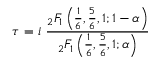
\tau = i \ { \frac { { } _ { 2 } F _ { 1 } \left( { \frac { 1 } { 6 } } , { \frac { 5 } { 6 } } , 1 ; 1 - \alpha \right) } { { } _ { 2 } F _ { 1 } \left( { \frac { 1 } { 6 } } , { \frac { 5 } { 6 } } , 1 ; \alpha \right) } }